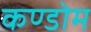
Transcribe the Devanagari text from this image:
कण्डोम